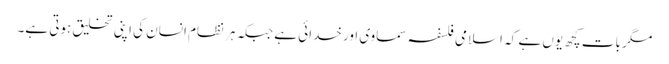
مگر بات کچھ یوں ہے کہ اسلامی فلسفہ سماوی اور خدائی ہے جبکہ ہر نظام انسان کی اپنی تخلیق ہوتی ہے۔